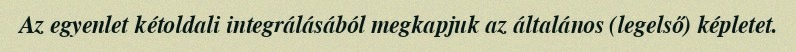
Az egyenlet kétoldali integrálásából megkapjuk az általános (legelső) képletet.